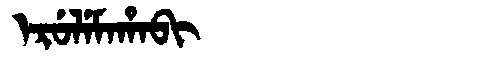
Manchu: ᡝᡵᡠᠯᡝᠮᠠᡥᠠᠪᡳ
Romanization: ERULEMAHABI